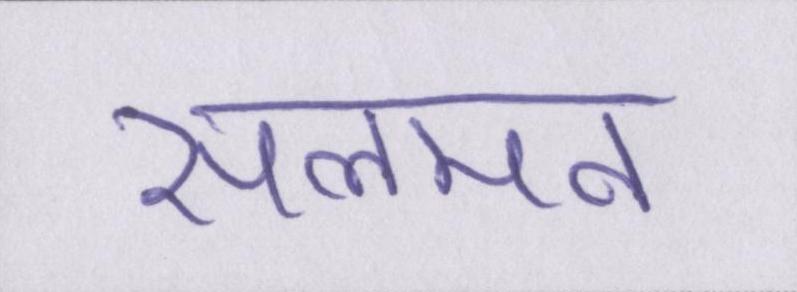
सलमन